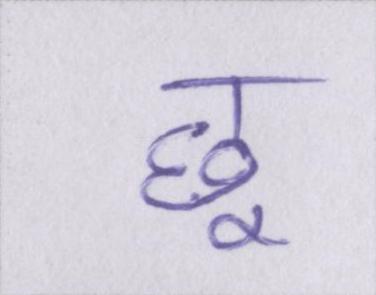
छू